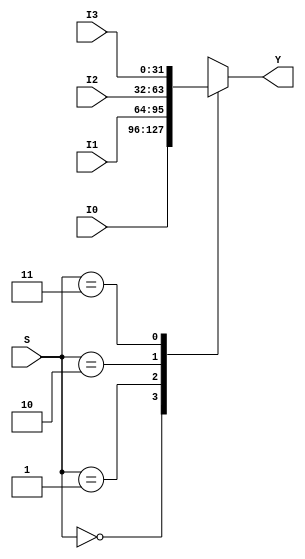
module mux_4x1  (
    output reg [31:0] Y,
    input [1:0] S, 
    input [31:0] I0, I1, I2, I3
);

always @ (S, I0, I1, I2, I3)
	case (S) 
		2'b00:  Y <= I0;
		2'b01:  Y <= I1;
		2'b10:  Y <= I2;
		2'b11:  Y <= I3;
	endcase
endmodule

module mux_3x1_wd  (
    output reg [4:0] Y,
    input [1:0] S, 
    input [4:0] I0, I1, I2
);

always @ (S, I0, I1, I2)
	case (S) 
		2'b01:  Y <= I0;
		2'b10:  Y <= I1;
		2'b11:  Y <= I2;
	endcase
endmodule

module mux_2x1 (
    output reg [31: 0]Y, 
    input S, 
    input[31: 0] I0, I1
);
    always @ (S, I0, I1) begin 
    if (S) Y = I1; 
    else Y = I0; 
    end
endmodule

module mux_2x1_base_addr (
    output reg [31: 0]Y, 
    input S, 
    input[31: 0] I0, 
    input[31: 0] I1
);
    always @ (S, I0, I1) begin 
    if (S) Y = I1; 
    else Y = I0; 
    end
endmodule


module mux_2x5 (
    input [4:0] I0,
    input [4:0] I1,
    input S,
    output reg [4:0] Y
);
always @ (S, I0, I1) 
    if (S) Y = I1; 
    else Y = I0; 
endmodule

module mux_condtion (
    output reg [3:0] Y,
    input [3:0] I0, 
    input [3:0] I1,
    input        S
);
always @ (S, I0, I1) 
    if (S) Y = I1; 
    else Y = I0; 
endmodule

module adder32Bit (
    output reg [31:0] out,
    input [31:0] a,
    input [31:0] b
);
    always @* begin
        out <= a + b;
    end
endmodule

module adder32Bit_jal (
    output reg [31:0] out,
    input S,
    input [31:0] a,
    input [3:0] b
    
);
    always @(S) begin
        out <= a + b;
    end
endmodule

module SignExtender( 
    output reg [31:0] extended,
    input wire [25:0] extend
    );

    always @* begin
        extended[31:0] <= { {10{extend[25]}}, extend[25:0] };
    end
endmodule

module SignExtender_imm16( 
    output reg [31:0] extended,
    input wire [15:0] extend
    );

    always @* begin
        extended[31:0] <= { {10{extend[15]}}, extend[15:0] };
    end
endmodule

module multiplierBy4 (
    output reg [31:0] multipliedOut,
    input  [31:0] in
);
    always @* begin
        multipliedOut <= in << 2'b10;
    end
endmodule